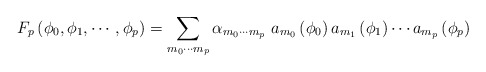
\begin{align*}F_p \left( \phi_0, \phi_1, \cdots, \phi_p \right) = \sum_{m_0 \cdots m_p} \alpha_{m_0 \cdots m_p}\, \, a_{m_0} \left( \phi_0 \right) a_{m_1} \left( \phi_1 \right)\cdots a_{m_p} \left( \phi_p \right)\end{align*}